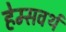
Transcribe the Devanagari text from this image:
हेम्सवर्थ